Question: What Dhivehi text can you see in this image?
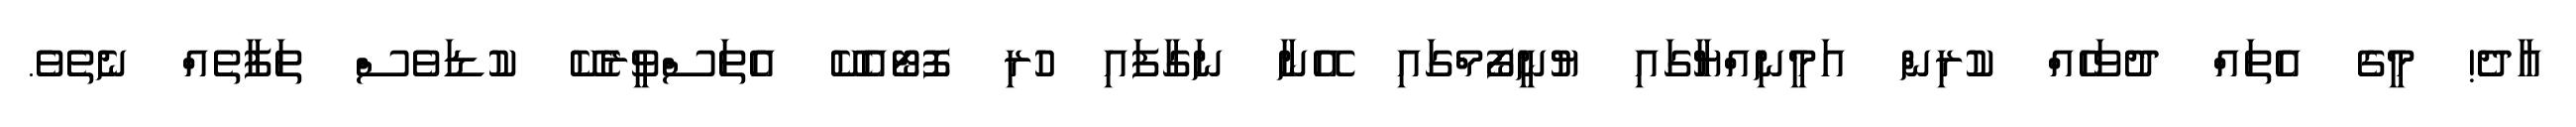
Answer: އާދެ! މީގެ އެތައް ދުވަހެއް ކުރިން އަމީނިއްޔާގައި ޔުނީފޯމްގައި އޭނާ ނަގާފައި ހުރި ފޮޓޯއެކޭ އެތަސްވީރެކޭ ކުޑަވެސް ތަފާތެއް ނެތެވެ.